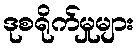
ဒုစရိုက်မှုများ